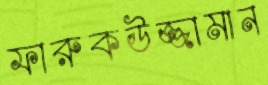
ফারুকউজ্জামান